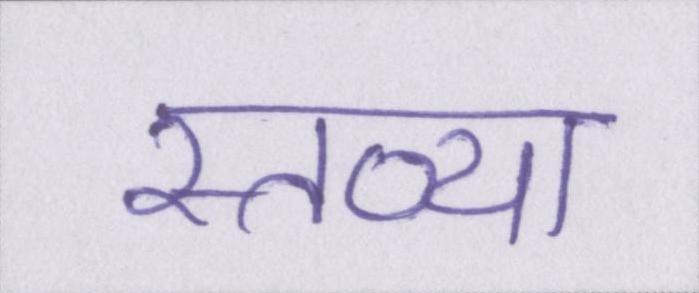
स्तव्या